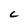
Character: C